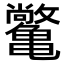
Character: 𫠝